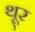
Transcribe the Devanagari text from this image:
थू्र